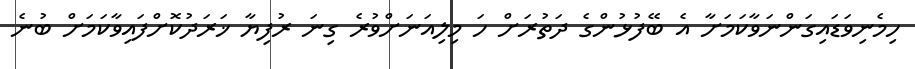
ހިމެނިވަޑައިގަންނަވާކަމަށާ އެ ބޭފުޅުންގެ ދަތުރަށް ހަ މިލިއަނަށްވުރެ ގިނަ ރުފިޔާ ޚަރަދުކޮށްފައިވާކަމަށް ބުނެ